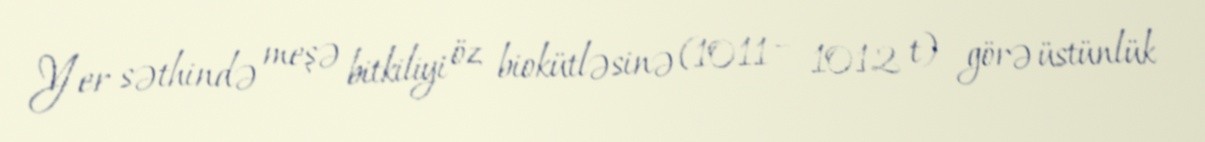
Yer səthində meşə bitkiliyi öz biokütləsinə (1011 – 1012 t) görə üstünlük